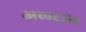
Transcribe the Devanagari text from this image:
अल्ट्रान